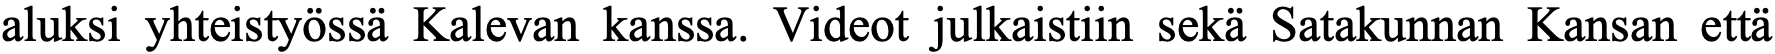
aluksi yhteistyössä Kalevan kanssa. Videot julkaistiin sekä Satakunnan Kansan että